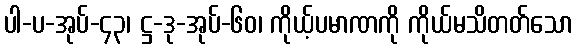
ပါ-ပ-အုပ်-၄၃၊ ဋ္ဌ-ဒု-အုပ်-၆၀၊ ကိုယ့်ပမာဏကို ကိုယ်မသိတတ်သော